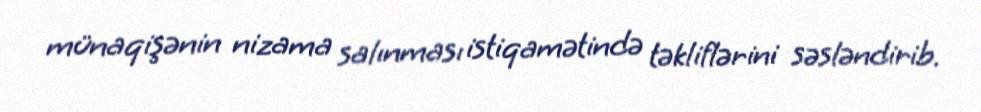
münaqişənin nizama salınması istiqamətində təkliflərini səsləndirib.